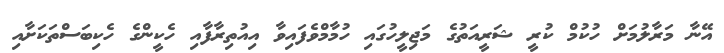
އޭނާ މަރާލުމަށް ހުކުމް ކުރީ ޝަރީއަތުގެ މަޖިލީހުގައި ހުމާމްވެފައިވާ އިއުތިރާފާއި ހެކީންގެ ހެކިބަސްތަކަށާއި